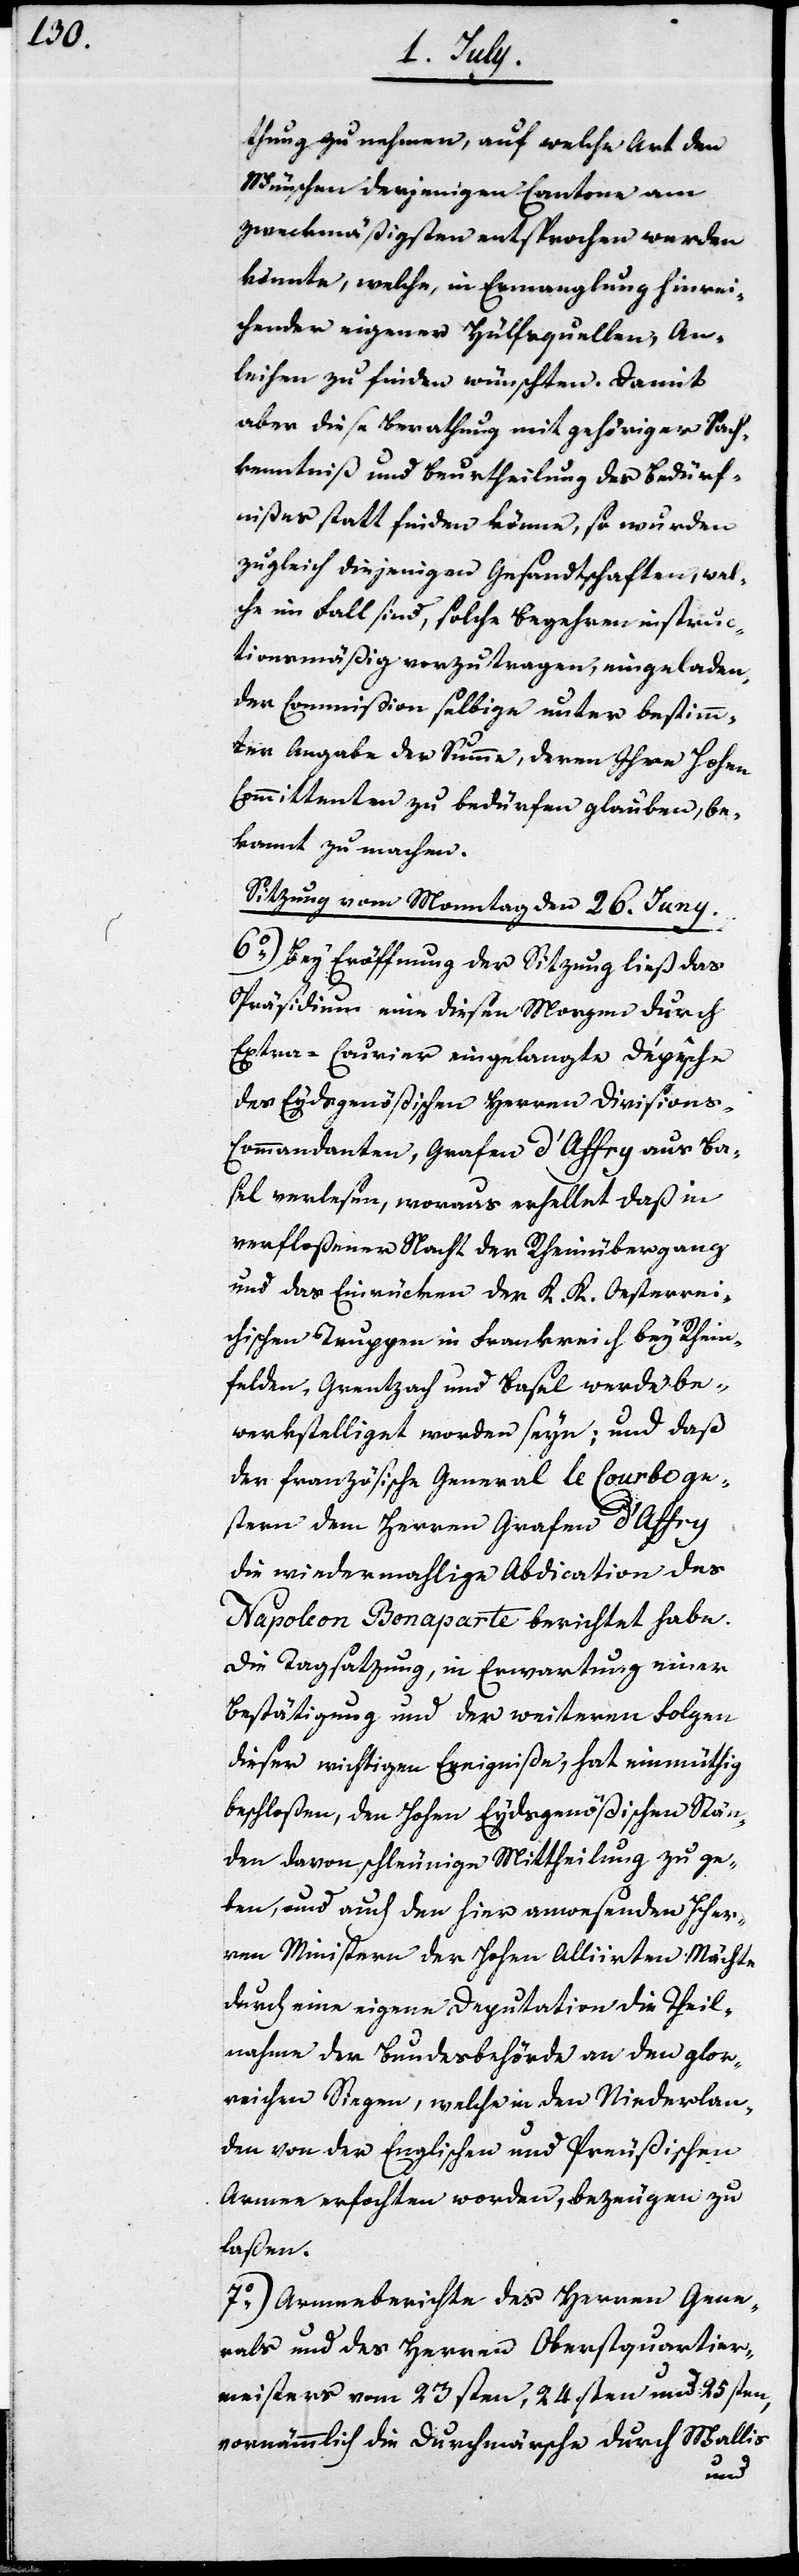
thung zu nehmen, auf welche Art den
Wünschen derjenigen Cantone am
zweckmäßigsten entsprochen werden
könnte, welche, in Ermanglung hinrei¬
chender eigener Hülfsquellen, An¬
leihen zu finden wünschten. Damit
aber diese Berathung mit gehöriger Sach¬
kenntnis und Beurtheilung des Bedürf¬
nißes statt finden könne, so wurden
zugleich diejenigen Gesandtschaften, welc¬
he im Fall sind, solche Begehren instruc¬
tionsmäßig vorzutragen, eingeladen,
der Commißion selbige unter bestimm¬
ter Angaben der Summe, deren Ihre Hohen
Committanten zu bedürfen glauben, be¬
kannt zu machen.
Sitzung vom Monntag den 26. Juny.
6o) Bey Eröffnung der Sitzung ließ das
Präsidium eine diesen Morgen durch
Extra-Curier eingelangte Depesche
des Eydgenößischen Herren Divisions-C¬
ommandanten, Grafen d’Affry aus Ba¬
sel verlesen, woraus erhelltet daß in
verfloßener Nacht der Rheinübergang
und das Einrücken der K. K. Oesterrei¬
chischen Trupppen in Frankreich bey Rhein¬
felden-Grentzach und Basel werde be¬
werkstelliget worden seyn; und daß
der französische General le Courbo ge¬
stern dem Herrn Grafen d’Affry
die wiedermahlige Abdication des
Napoleon Bonaparte berichtete habe.
Die Tagsatzung, in Erwartung einer
Bestätigung und der weiteren Folgen
dieser wichtigen Ereigniße, hat einmüthig
beschloßen, den Hohen Eydsgenößischen Stän¬
den davon schleunige Mittheilung zu ge¬
ben, und auch den hier anwesenden Her¬
ren Ministern der Hohen Alliirten Mächte
durch eine eigene Deputation die Theil¬
nahme der Bundesbehörde an den glor¬
reichen Siegen, welche in den Niederlan¬
den von der Englischen und Preußischen
Armee erfochten worden, bezeugen zu
laßen.
7o) Armeebericht des Herren Gene¬
rals und des Herren Oberstquartier¬
meisters vom 23sten, 24sten und 25sten,
vornämmlich die Durchmärsche durch Wallis